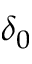
\delta _ { 0 }